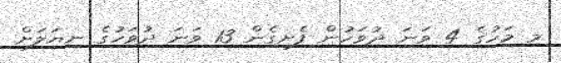
މި މަހުގެ 4 ވަނަ ދުވަހުން ފެށިގެން 13 ވަނަ ދުވަހުގެ ނިޔަލަށް